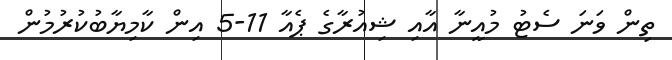
ތިން ވަނަ ސެޓު މުއީނާ އާއި ޝިއުރާގެ ޕެއާ 11-5 އިން ކާމިޔާބުކުރުމުން